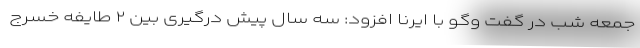
جمعه شب در گفت وگو با ایرنا افزود: سه سال پیش درگیری بین ۲ طایفه خسرج